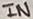
Text: IN